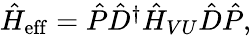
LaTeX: \begin{array}{r}{\hat{H}_{\mathrm{eff}}=\hat{P}\hat{D}^{\dagger}\hat{H}_{VU}\hat{D}\hat{P},}\end{array}